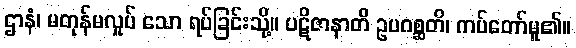
ဌာနံ၊ မတုန်မလှုပ် သော ရပ်ခြင်းသို့။ ပဋိဇာနာတိ ဥပဂစ္ဆတိ၊ ကပ်တော်မူ၏။